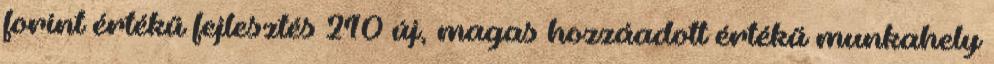
forint értékű fejlesztés 210 új, magas hozzáadott értékű munkahely